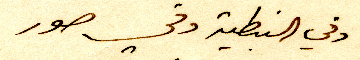
وفي النبطية وفي صور